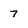
Character: 7